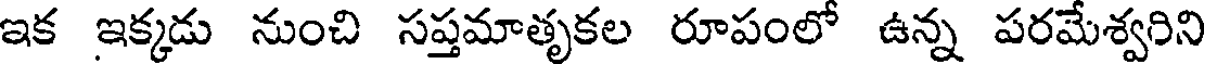
ఇక ఇక్కడు నుంచి సప్తమాతృకల రూపంలో ఉన్న పరమేశ్వరిని